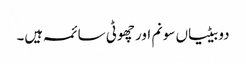
دو بیٹیاں سونم اور چھوٹی سائمہ ہیں۔